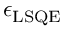
\boldsymbol { \epsilon } _ { \mathrm { L S Q E } }